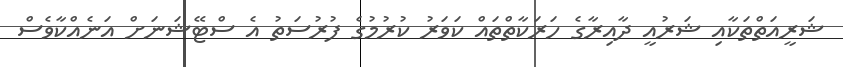
ޝަރީއަތްތަކާއި ޝަރުއީ ދާއިރާގެ ހަރަކާތްތައް ކަވަރު ކުރުމުގެ ފުރުސަތު އެ ސްޓޭޝަނަށް އަނެއްކާވެސް